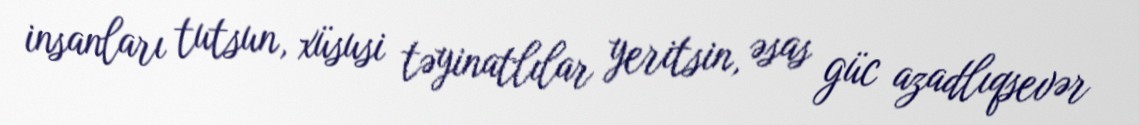
insanları tutsun, xüsusi təyinatlılar yeritsin, əsas güc azadlıqsevər